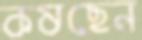
কষছেন